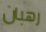
رهبان